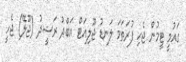
ގައުމީ ޓީމުން ޖެހި ފުރަތަމަ ލަނޑު ޖޫލިއަޓް އަބްދު ރަޝީދު (ޖޫލޭ) ޖެހީ